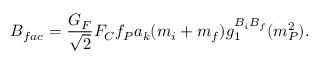
B _ { f a c } = { \frac { G _ { F } } { \sqrt { 2 } } } F _ { C } f _ { P } a _ { k } ( m _ { i } + m _ { f } ) g _ { 1 } ^ { B _ { i } B _ { f } } ( m _ { P } ^ { 2 } ) .